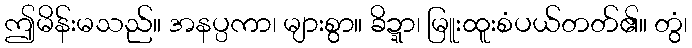
ဤမိန်းမသည်။ အနပ္ပကာ၊ များစွာ။ ခိဍ္ဍာ၊ မြူးထူးစံပယ်တတ်၏။ တွံ၊